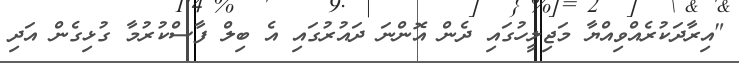
"އިރާދަކުރެއްވިއްޔާ މަޖިލީހުގައި ދެން އޮންނަ ދައުރުގައި އެ ބިލް ފާސްކުރުމާ ގުޅިގެން އަދި